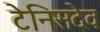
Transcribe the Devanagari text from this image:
टेनिसदेव